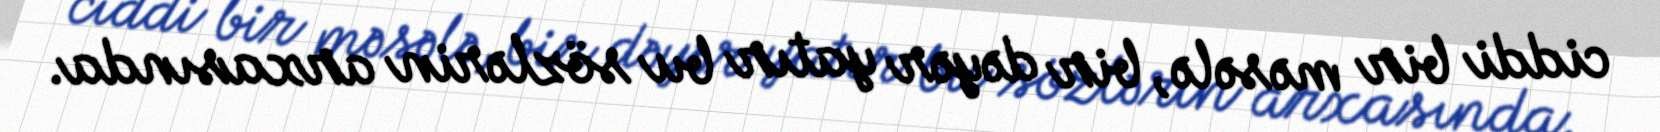
ciddi bir məsələ, bir dəyər yatır bu sözlərin arxasında.